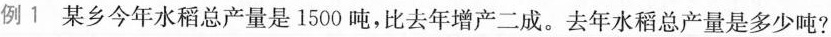
例1 某乡今年水稻总产量是1500吨，比去年增产二成。去年水稻总产量是多少吨?